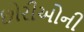
છોરીઓની